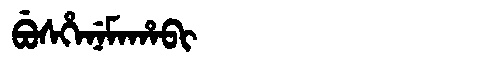
Manchu: ᠪᡠᠰᡥᡝᠨᡝᠮᠠᡥᠠᠪᡳ
Romanization: BUSHENEMAHABI